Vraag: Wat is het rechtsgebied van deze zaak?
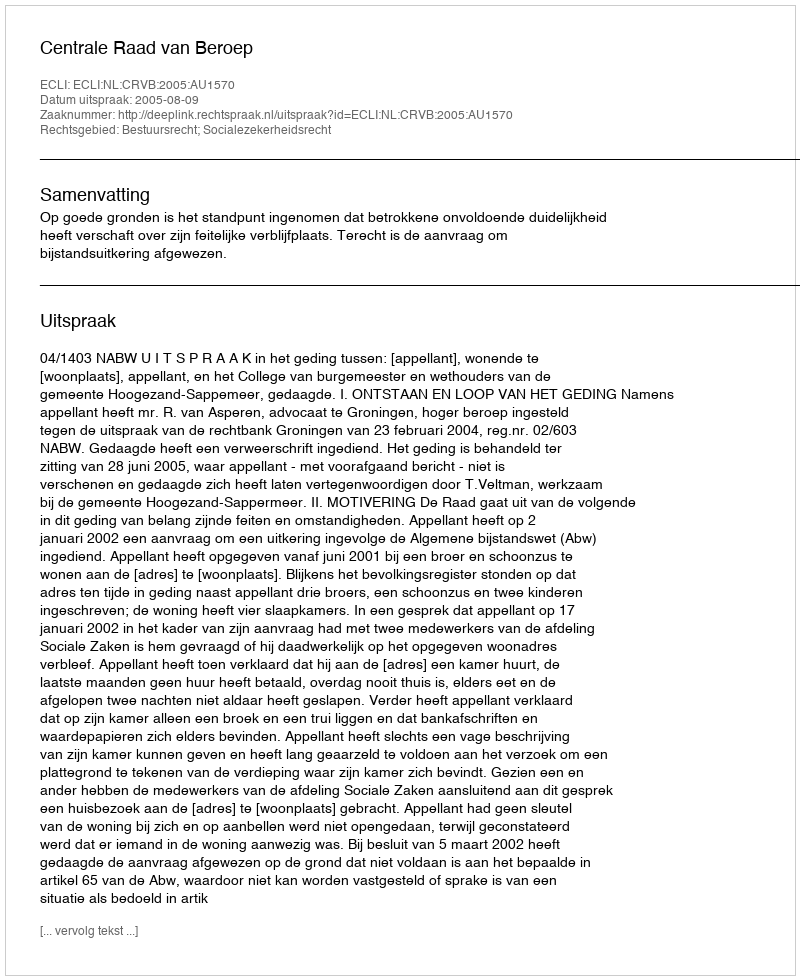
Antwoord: Bestuursrecht; Socialezekerheidsrecht